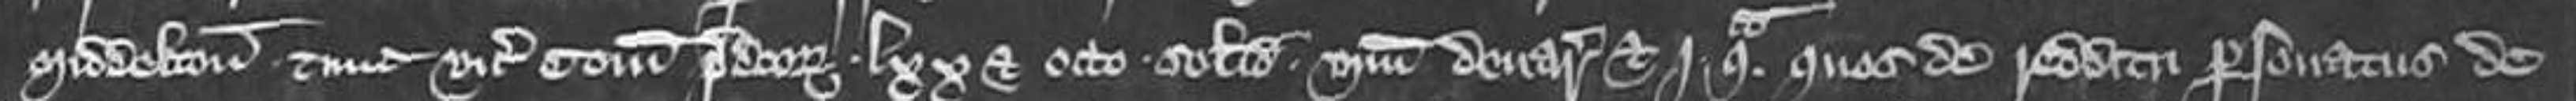
Middelton tunc vicecomes comitatuum predictorum lxx et octo solidos unum denarium et j quadrantam quos de redditu personatus de